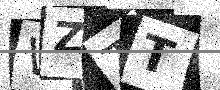
Text: WZTT